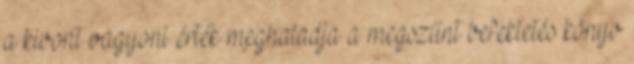
a kivont vagyoni érték meghaladja a megszűnt befektetés könyv